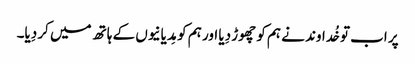
پر اب تو خُداوند نے ہم کو چھوڑ دِیا اور ہم کو مِدیانیوں کے ہاتھ میں کر دِیا۔